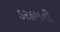
ડરહમની